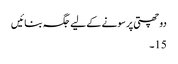
دو چھتی پر سونے کے لیے جگہ بنائیں
15۔